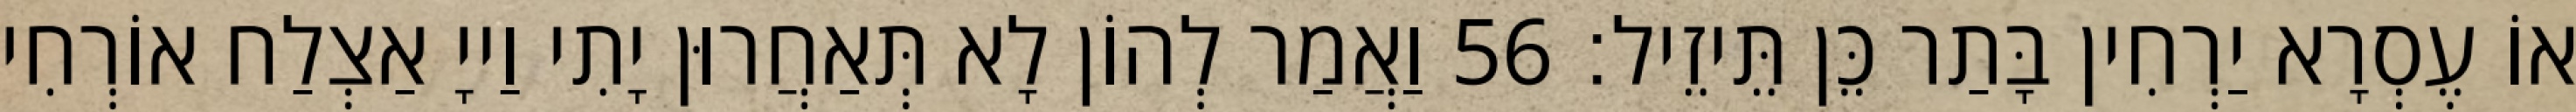
אוֹ עֶסְרָא יַרְחִין בָּתַר כֵּן תֵּיזֵיל׃ 56 וַאֲמַר לְהוֹן לָא תְּאַחֲרוּן יָתִי וַייָ אַצְלַח אוֹרְחִי